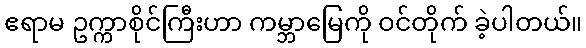
ဧရာမ ဥက္ကာစိုင်ကြီးဟာ ကမ္ဘာမြေကို ဝင်တိုက် ခဲ့ပါတယ်။